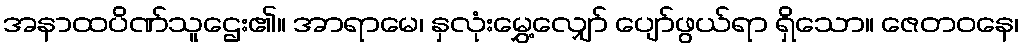
အနာထပိဏ်သူဌေး၏။ အာရာမေ၊ နှလုံးမွှေ့လျှော် ပျော်ဖွယ်ရာ ရှိသော။ ဇေတဝနေ၊